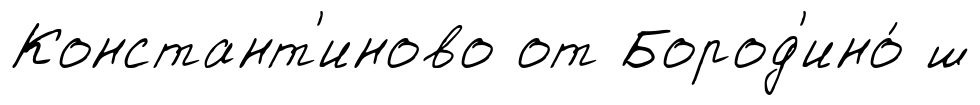
Констант'иново от Бород'ино́ ш